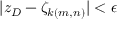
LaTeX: | z _ { D } - \zeta _ { k ( m , n ) } | < \epsilon